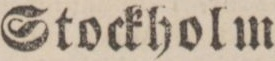
Stockholm.